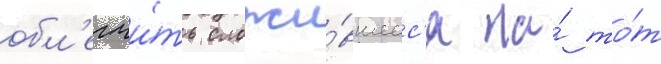
обл'егчи́ть сложи́вшеес'я на́ то́т